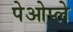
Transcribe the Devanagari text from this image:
पेओप्ले